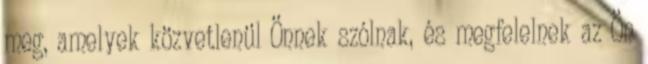
meg, amelyek közvetlenül Önnek szólnak, és megfelelnek az Ön